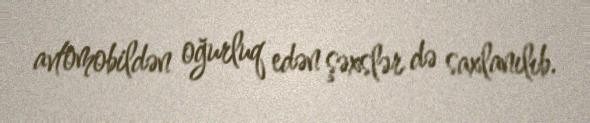
avtomobildən oğurluq edən şəxslər də saxlanılıb.